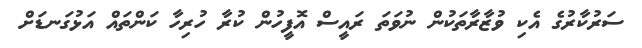
ސަރުކާރުގެ އެކި ވުޒާރާތަކުން ނުވަތަ ރައީސް އޮފީހުން ކުރާ ހުރިހާ ކަންތައް އަޅުގަނޑަށް